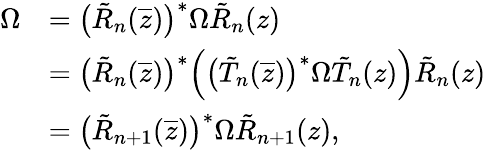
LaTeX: \begin{array}{rl}{\Omega}&{=\big(\tilde{R}_{n}(\overline{{z}})\big)^{*}\Omega\tilde{R}_{n}(z)}\\ &{=\big(\tilde{R}_{n}(\overline{{z}})\big)^{*}\Big(\big(\tilde{T}_{n}(\overline{{z}})\big)^{*}\Omega\tilde{T}_{n}(z)\Big)\tilde{R}_{n}(z)}\\ &{=\big(\tilde{R}_{n+1}(\overline{{z}})\big)^{*}\Omega\tilde{R}_{n+1}(z),}\end{array}